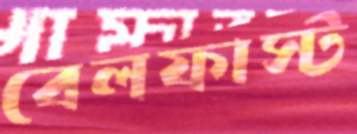
বেলফাস্ট